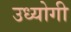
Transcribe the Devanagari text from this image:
उध्योगी